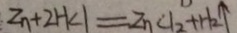
Z n + 2 H k l = Z n C l _ { 2 } + H _ { 2 } \uparrow